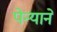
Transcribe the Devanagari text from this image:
पेन्याने